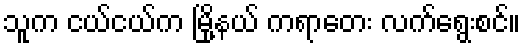
သူက ငယ်ငယ်က မြို့နယ် ကရာတေး လက်ရွေးစင်။